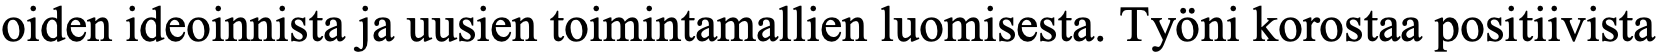
oiden ideoinnista ja uusien toimintamallien luomisesta. Työni korostaa positiivista